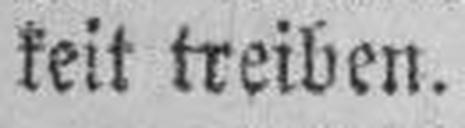
keit treiben.